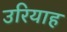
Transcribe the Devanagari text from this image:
उरियाह